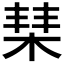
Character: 𣓵